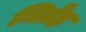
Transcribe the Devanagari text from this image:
निग्रेह